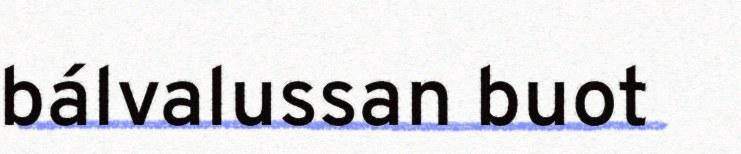
bálvalussan buot